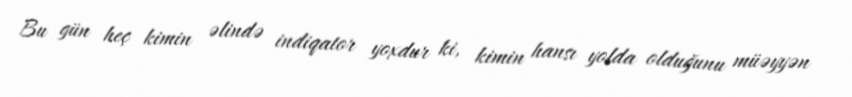
Bu gün heç kimin əlində indiqator yoxdur ki, kimin hansı yolda olduğunu müəyyən